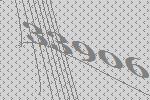
33906